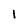
Character: 1